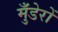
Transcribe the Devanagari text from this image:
मुँडेरों